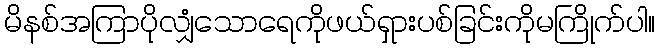
မိနစ်အကြာပိုလျှံသောရေကိုဖယ်ရှားပစ်ခြင်းကိုမကြိုက်ပါ။